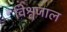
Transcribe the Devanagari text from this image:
विश्वजाल